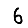
Digit: 6